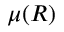
\mu ( R )